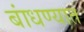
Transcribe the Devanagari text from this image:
बांधण्‍यात